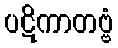
ပဋိကာတဗ္ဗံ